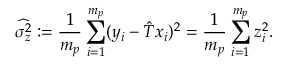
\widehat { \sigma _ { z } ^ { 2 } } : = \frac { 1 } { m _ { p } } \sum _ { i = 1 } ^ { m _ { p } } ( y _ { i } - \hat { T } x _ { i } ) ^ { 2 } = \frac { 1 } { m _ { p } } \sum _ { i = 1 } ^ { m _ { p } } z _ { i } ^ { 2 } .